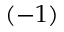
( - 1 )